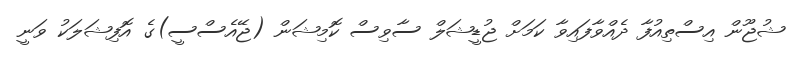
ޝުޖޫން އިސްތިއުފާ ދެއްވާފައިވާ ކަމަށް ޖުޑީޝަލް ސާވިސް ކޮމިޝަން (ޖޭއެސްސީ)ގެ އޮފިޝަލަކު ވަނީ